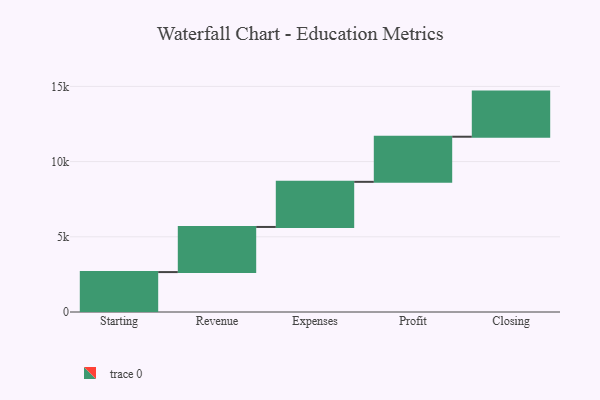
{"axis": {"x": "Step", "y": "Value"}, "legend": [""], "data": [{"x": "Starting", "y": 2654.0, "type": ""}, {"x": "Revenue", "y": 3000, "type": ""}, {"x": "Expenses", "y": 3000, "type": ""}, {"x": "Profit", "y": 3000, "type": ""}, {"x": "Closing", "y": 3000, "type": ""}]}